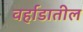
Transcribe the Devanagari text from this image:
वर्हाडातील